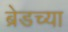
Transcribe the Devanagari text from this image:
ब्रेडच्या